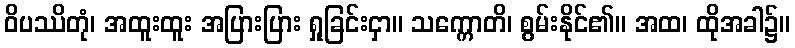
ဝိပဿိတုံ၊ အထူးထူး အပြားပြား ရှုခြင်းငှာ။ သက္ကောတိ၊ စွမ်းနိုင်၏။ အထ၊ ထိုအခါ၌။